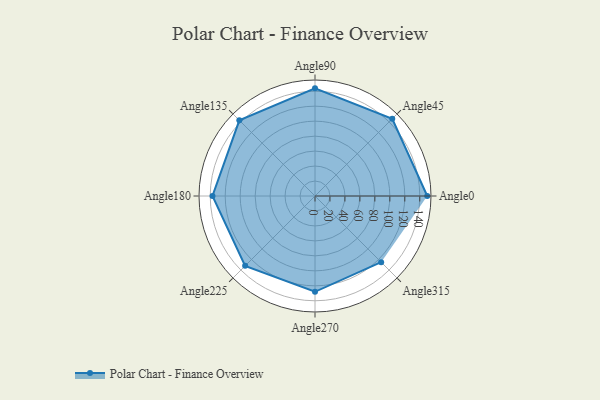
{"axis": {"x": "Angle", "y": "Radius"}, "legend": [""], "data": [{"x": "Angle0", "y": 150.0, "type": ""}, {"x": "Angle45", "y": 146.0, "type": ""}, {"x": "Angle90", "y": 144.0, "type": ""}, {"x": "Angle135", "y": 143.0, "type": ""}, {"x": "Angle180", "y": 137.0, "type": ""}, {"x": "Angle225", "y": 132.0, "type": ""}, {"x": "Angle270", "y": 128.0, "type": ""}, {"x": "Angle315", "y": 125.0, "type": ""}]}